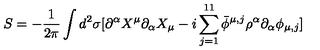
S = - \frac { 1 } { 2 \pi } \int d ^ { 2 } \sigma [ \partial ^ { \alpha } X ^ { \mu } \partial _ { \alpha } X _ { \mu } - i \sum _ { j = 1 } ^ { 1 1 } \bar { \phi } ^ { \mu , j } \rho ^ { \alpha } \partial _ { \alpha } \phi _ { \mu , j } ] \,